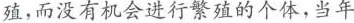
殖,而没有机会进行繁殖的个体,当年